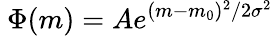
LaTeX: \ \Phi(m)=Ae^{(m-m_{0})^{2}/2\sigma^{2}}